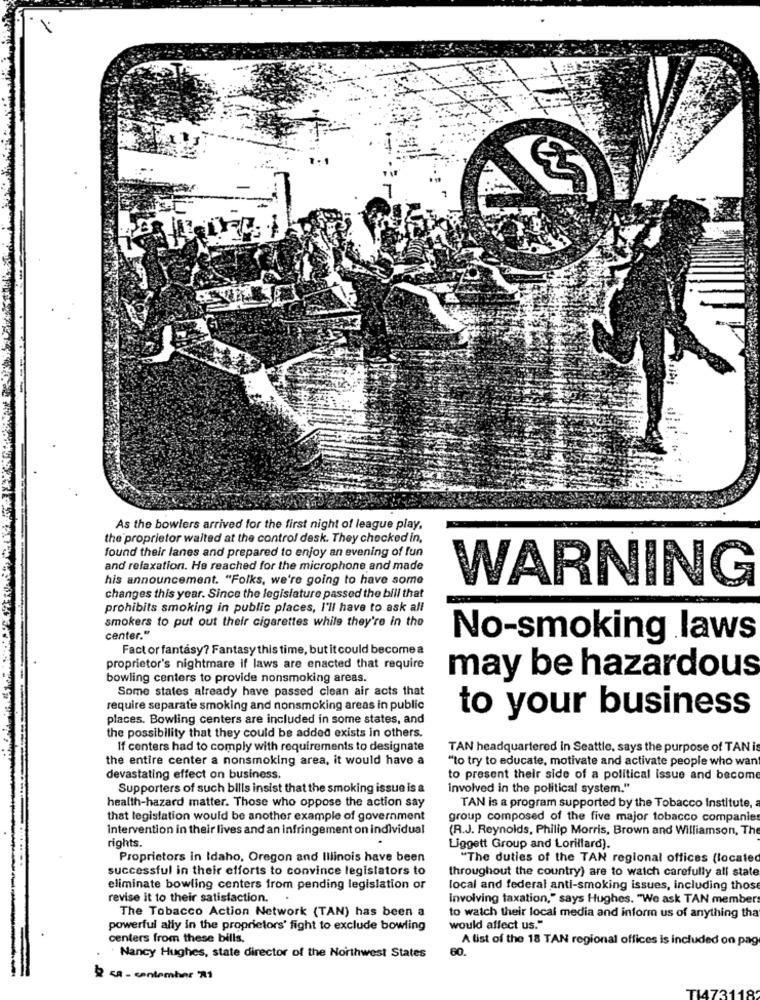
As the bowlers arrived for the first night of league play,
the proprietor waited at the control desk. They checked in,
found their lanes and prepared to enjoy an evening of fun
and relaxation. He reached for the microphone and made
his announcement. "Folks, we're going to have some
WARNING
changes this year. Since the legislature passed the bill that
prohibits smoking in public places, I'll have to ask all
smokers to put out their cigarettes while they're in the
center."
No-smoking laws
Fact or fantasy? Fantasy this time, but it could become a
proprietor's nightmare if laws are enacted that require
bowling centers to provide nonsmoking areas.
may be hazardous
Some states already have passed clean air acts that
require separate smoking and nonsmoking areas in public
to your business
places. Bowling centers are included in some states, and
the possibility that they could be added exists in others.
If centers had to comply with requirements to designate
TAN headquartered in Seattle, says the purpose of TAN is
the entire center a nonsmoking area, it would have a
"to try to educate, motivate and activate people who want
devastating effect on business.
to present their side of a political issue and become
Supporters of such bills insist that the smoking issue is a
involved in the political system."
health-hazard matter. Those who oppose the action say
TAN is a program supported by the Tobacco Institute, a
that legislation would be another example of government
group composed of the five major tobacco companies
intervention in their lives and an infringement on individual
(R.J. Reynolds, Philip Morris, Brown and Williamson, The
rights.
Liggett Group and Lorillard).
Proprietors in Idaho, Oregon and Illinois have been
"The duties of the TAN regional offices (located
successful in their efforts to convince legislators to
throughout the country) are to watch carefully all state
eliminate bowling centers from pending legislation or
local and federal anti-smoking issues, including those
revise it to their satisfaction.
Involving taxation," says Hughes. "We ask TAN members
The Tobacco Action Network (TAN) has been a
to watch their local media and inform us of anything tha
powerful ally in the proprietors' fight to exclude bowling
would affect us."
centers from these bills.
A list of the 18 TAN regional offices is included on pag
60.
. Nancy Hughes, state director of the Northwest States
2 CA - contember '701
TL